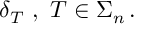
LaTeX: \delta _ { T } \ , \ T \in \Sigma _ { n } \, .